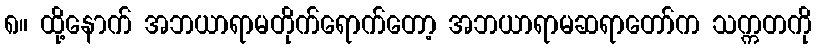
၈။ ထို့နောက် အဘယာရာမတိုက်ရောက်တော့ အဘယာရာမဆရာတော်က သက္ကတကို